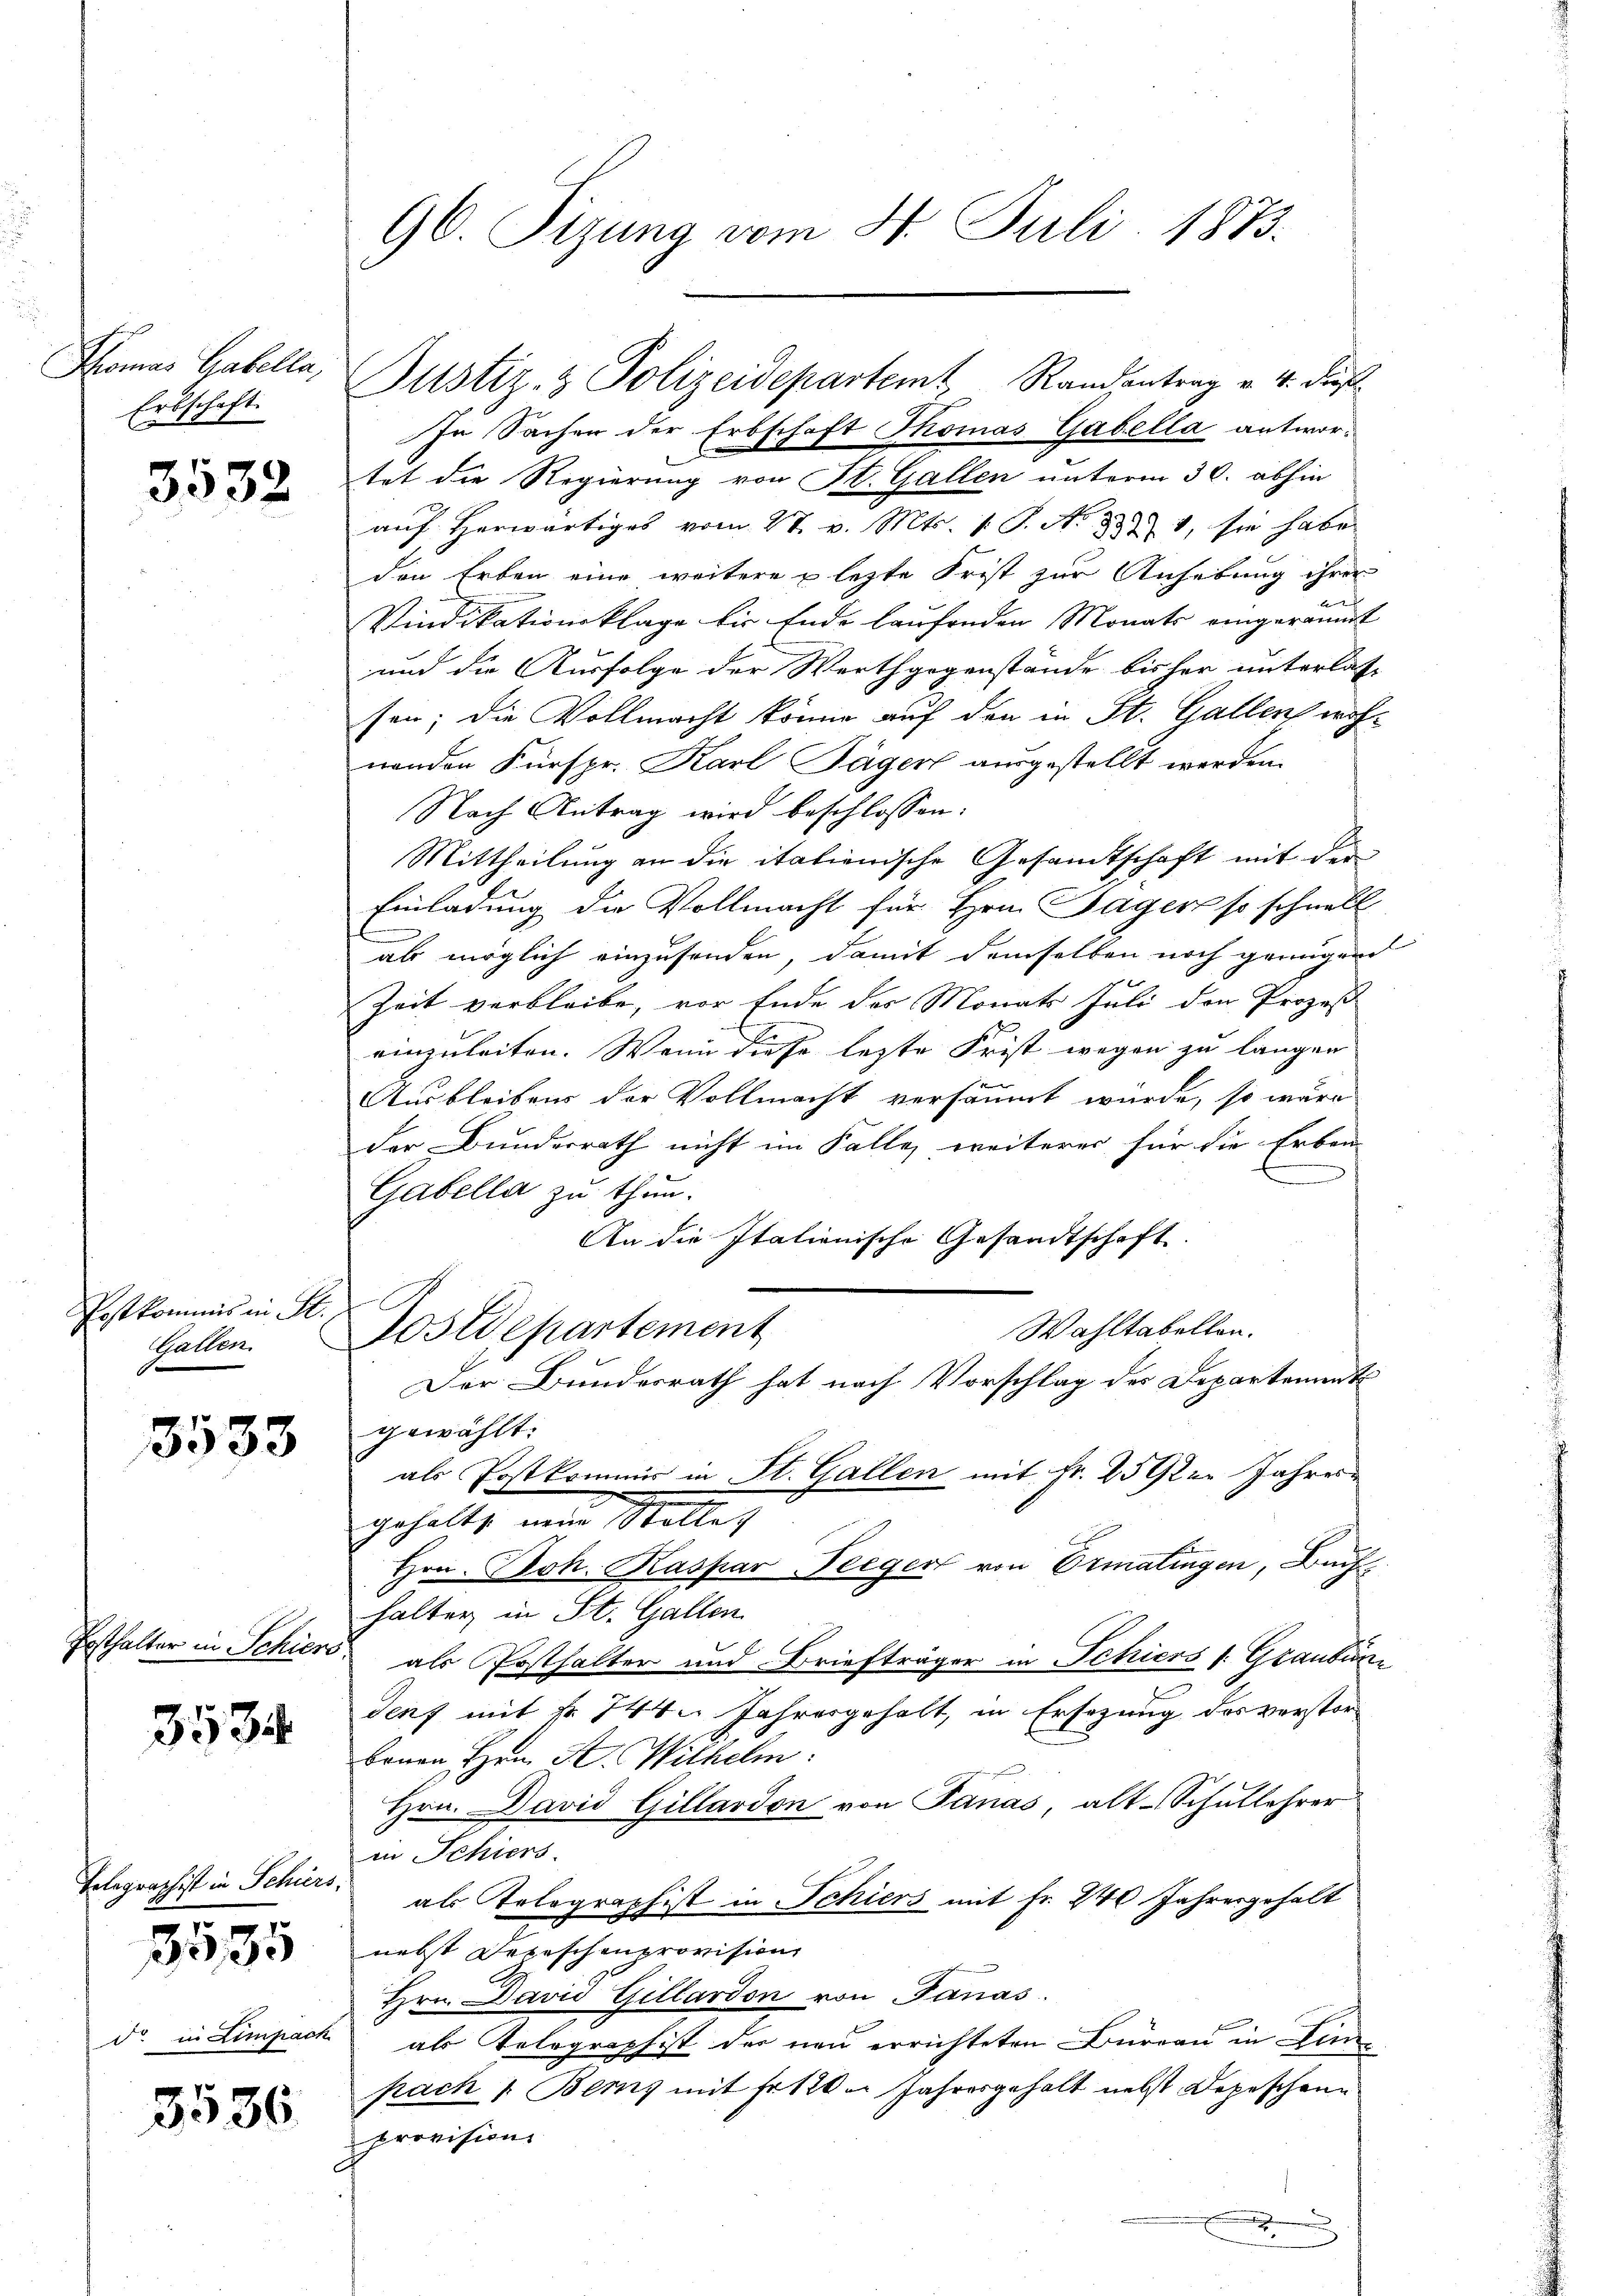
Khomas Gabella,
Erbschaft

3532

Postkommis in St.
Gallen.

3533

Posthalter in Schiers.

3534

Telegraphist in Schiers,

3575

3536

96. Sizung vom 4. Juli 1873.

In Sachen der Erbschaft Thomas Gabella antwortet die Regierung von St. Gallen unterm 30. abhin
aŭf herwärtiges vom 27. v. Mts. 1 S. No 837 1, sie habe
den Erben eine weitere u lezte Frist zur Anhebung ihrer
Vindikationsklage bis Ende laufenden Monats eingeräumt
und die Ausfolge der Werthgegenstände bisher unterlasse
sen; die Vollmacht könne auf den in St. Gallen wohwenden Furspr. Karl Jäger ausgestellt werden.
Nach Antrag wird beschlossen:
Mittheilung an die italienische Gesandtschaft mit der
Einladung die Vollmacht für Hrn. Sager so schnell
als möglich einzusenden, damit demselben noch genügend
Zeit verbleibe, vor Ende des Monats Juli den Prozeß
einzuleiten. Wenn diese letzte Frist wegen zu langen
Ausbleibens der Vollmacht versäumt würde, so wäre
der Bundesrath nicht im Falle, weiterer für die Erben
Gabella zu thun.
An die Italienische Gesandtschaft.
Wahltabellen.
Postdepartement
Der Bundesrath hat nach Vorschlag des Departement
gewählt:
als Postkommis in St. Gallen mit Fr. 2590er Jahresdhagen
.
gehalte neue Stolle
Hrn. Joh. Kaspar Seeger von Ermatingen, Buchhalter in St. Gallen
als Posthalter und Briefträger in Schiers s. Graubündenz mit fr. 744. Jahresgehalt, in Ersezung des verstor¬
Baron Hrn. Kr. Wilhelm
Hrn. David Gillardon von Janas, alt-Schullehrer
in Schiers
als Telegraph ist in Schiers mit Fr. 240 Jahresgehalt
nebst Depeschenprovision
Hrn. David Gillardon von Janas.
do in Limpach als Telegraphist der neu errichteten Büreau in Zimpach 1. Berns mit Fr. 120. Jahresgehalt nebst Depeschene
provision

Justiz- & Polizeidepartemt Randantrag v. 4. die

.